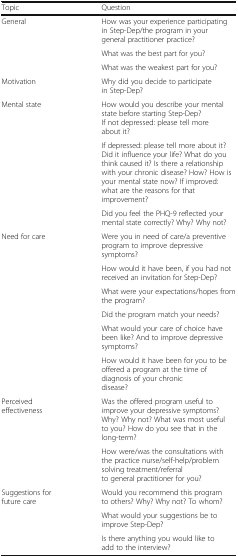
| Topic | Question |
 | --- | --- |
 | <ROWSPAN=3> General | How was your experience participating in Step-Dep/the program in your general practitioner practice? |
 | What was the best part for you? |
 | What was the weakest part for you? |
 | Motivation | Why did you decide to participate in Step-Dep? |
 | <ROWSPAN=3> Mental state | How would you describe your mental state before starting Step-Dep?If not depressed: please tell more about it? |
 | If depressed: please tell more about it? Did it influence your life? What do you think caused it? Is there a relationship with your chronic disease? How? How is your mental state now? If improved: what are the reasons for that improvement? |
 | Did you feel the PHQ-9 reflected your mental state correctly? Why? Why not? |
 | <ROWSPAN=6> Need for care | Were you in need of care/a preventive program to improve depressive symptoms? |
 | How would it have been, if you had not received an invitation for Step-Dep? |
 | What were your expectations/hopes from the program? |
 | Did the program match your needs? |
 | What would your care of choice have been like? And to improve depressive symptoms? |
 | How would it have been for you to be offered a program at the time of diagnosis of your chronic disease? |
 | <ROWSPAN=2> Perceived effectiveness | Was the offered program useful to improve your depressive symptoms? Why? Why not? What was most useful to you? How do you see that in the long-term? |
 | How were/was the consultations with the practice nurse/self-help/problem solving treatment/referral to general practitioner for you? |
 | <ROWSPAN=3> Suggestions for future care | Would you recommend this program to others? Why? Why not? To whom? |
 | What would your suggestions be to improve Step-Dep? |
 | Is there anything you would like to add to the interview? |